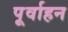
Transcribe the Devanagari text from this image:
पूर्वाहन